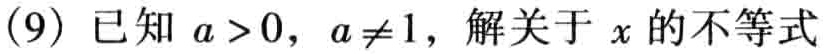
(9) 已知 \(a > 0\)，\(a\neq1\)，解关于 \(x\) 的不等式